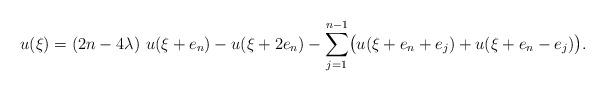
LaTeX: \begin{align*}u(\xi)=\left(2n-4\lambda\right)\,u(\xi+e_n)-u(\xi+2e_n)-\sum_{j=1}^{n-1}\bigl(u(\xi+e_n+e_j)+u(\xi+e_n-e_j)\bigr).\end{align*}